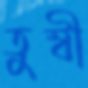
তুম্বী